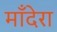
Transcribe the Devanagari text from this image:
माँदेरा